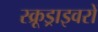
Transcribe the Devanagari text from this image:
स्क्रूड्राइवरों